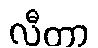
လီတာ